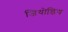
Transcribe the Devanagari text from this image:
जियोडिय